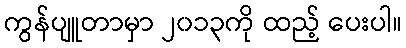
ကွန်ပျူတာမှာ ၂၀၁၃ကို ထည့် ပေးပါ။